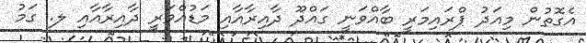
އެގޮތުން މިއަދު ޕްރައިމަރީ ބާއްވަނީ ގައްދޫ ދާއިރާއާއި މަޑުއްވަރީ ދާއިރާއާއި ލ. ގަމު